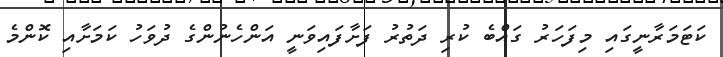
ކަޓަމަރާނީގައި މިފަހަރު ގައްބެ ކުރި ދަތުރު ފަށާފައިވަނީ އަންހެނުންގެ ދުވަހު ކަމަށާއި ކޮންމެ